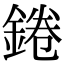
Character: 錈